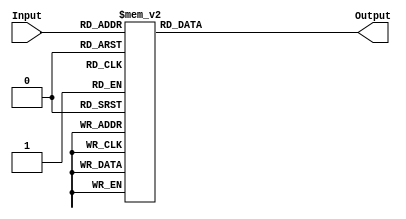
module displayHEX (Input, Output);
	input [3:0] Input;
	output reg [6:0] Output;
	
	always begin
		case(Input)
			4'b0000: Output = 7'b1000000;
			4'b0001: Output = 7'b1111001;
			4'b0010: Output = 7'b0100100;
			4'b0011: Output = 7'b0110000;
			4'b0100: Output = 7'b0011001;
			4'b0101: Output = 7'b0010010;
			4'b0110: Output = 7'b0000010;
			4'b0111: Output = 7'b1111000;
			4'b1000: Output = 7'b0000000;
			4'b1001: Output = 7'b0011000;
			4'b1010: Output = 7'b0001000;
			4'b1011: Output = 7'b0000011;
			4'b1100: Output = 7'b1000110;
			4'b1101: Output = 7'b0100001;
			4'b1110: Output = 7'b0000110;
			4'b1111: Output = 7'b0001110;
		endcase
	end
endmodule